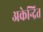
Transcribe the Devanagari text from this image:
अकेन्द्रित